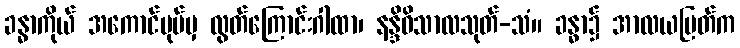
ခန္ဓာကိုယ် အကောင်ပုပ်မှ လွတ်ကြောင်းဂါထာ၊ နန္ဒိဝိသာလသုတ်-သံ။ ခန္ဓာ၌ အာလယပြတ်က